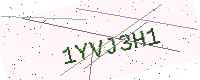
Text: 1YVJ3H1